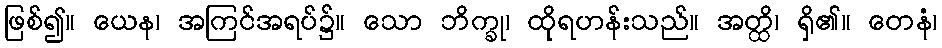
ဖြစ်၍။ ယေန၊ အကြင်အရပ်၌။ သော ဘိက္ခု၊ ထိုရဟန်းသည်။ အတ္ထိ၊ ရှိ၏။ တေနံ၊